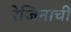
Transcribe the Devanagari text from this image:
रेजिनाची